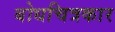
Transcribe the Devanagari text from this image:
बोधचित्रकार